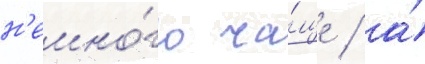
н'емно́го ча́ще / а́